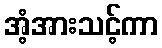
အံ့အားသင့်ကာ